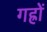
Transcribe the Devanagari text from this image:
गह्रों